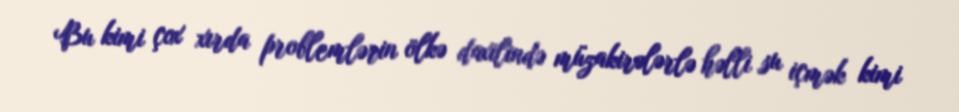
Bu kimi çox xırda problemlərin ölkə daxilində müzakirələrlə həlli su içmək kimi